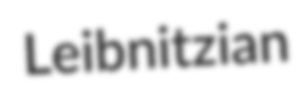
Leibnitzian